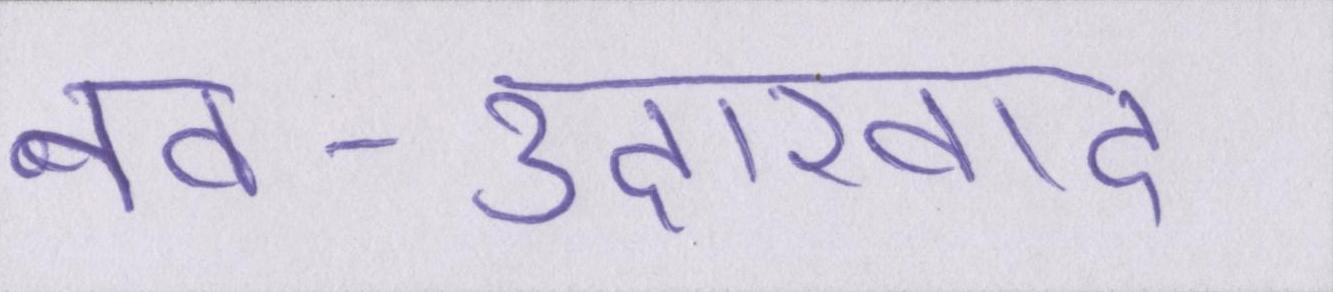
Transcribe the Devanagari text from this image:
नव-उदारवाद